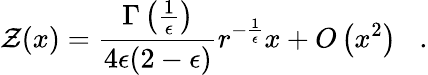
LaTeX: {\cal\mathcal{Z}}(x)={\frac{{\Gamma\left({\frac{{1}}{{\epsilon}}}\right)}}{{4\epsilon(2-\epsilon)}}}r^{-{\frac{{1}}{{\epsilon}}}}x+O\left(x^{2}\right)\; \; \; .